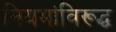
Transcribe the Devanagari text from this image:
नियमांविरूद्ध